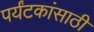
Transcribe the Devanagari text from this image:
पर्यंटकांसाठी